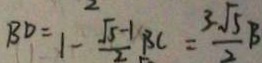
B D = 1 - \frac { \sqrt { 5 } - 1 } { 2 } B C = \frac { 3 \sqrt { 5 } } { 2 } B